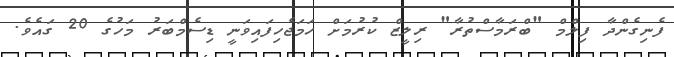
ފެނިގެންދާ ފިލްމް "ބްރަމާސްތުރާ" ރިލީޒް ކުރުމަށް ހަމަޖެހިފައިވަނީ ޑިސެމްބަރު މަހުގެ 20 ގައެވެ.